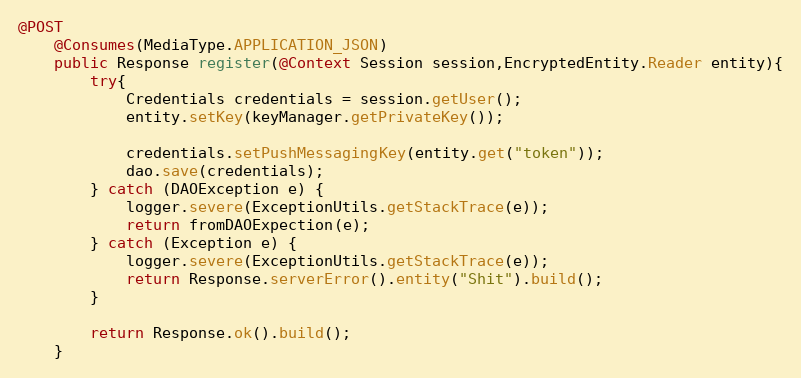
Language: Java
@POST
    @Consumes(MediaType.APPLICATION_JSON)
    public Response register(@Context Session session,EncryptedEntity.Reader entity){
        try{
            Credentials credentials = session.getUser();
            entity.setKey(keyManager.getPrivateKey());

            credentials.setPushMessagingKey(entity.get("token"));
            dao.save(credentials);
        } catch (DAOException e) {
            logger.severe(ExceptionUtils.getStackTrace(e));
            return fromDAOExpection(e);
        } catch (Exception e) {
            logger.severe(ExceptionUtils.getStackTrace(e));
            return Response.serverError().entity("Shit").build();
        }

        return Response.ok().build();
    }